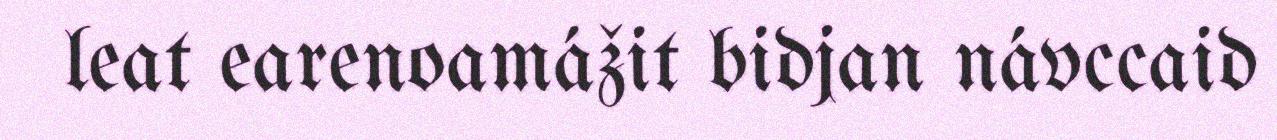
leat earenoamážit bidjan návccaid